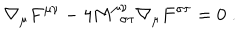
\nabla _ { \mu } F ^ { \mu \nu } - 4 M _ { ~ ~ \sigma \tau } ^ { \mu \nu } \nabla _ { \mu } F ^ { \sigma \tau } = 0 \; .